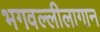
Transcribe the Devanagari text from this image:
भगवल्लीलागान